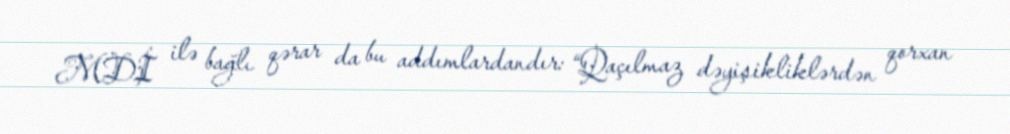
MDİ ilə bağlı qərar da bu addımlardandır: “Qaçılmaz dəyişikliklərdən qorxan